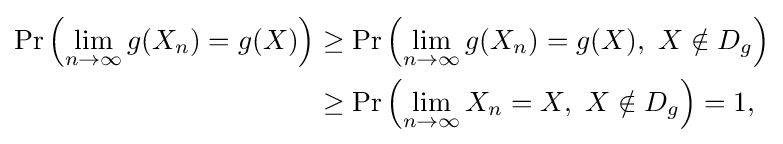
{\begin{aligned}\Pr \left(\lim _{n\to \infty }g(X_{n})=g(X)\right)&\geq \Pr \left(\lim _{n\to \infty }g(X_{n})=g(X),\ X\notin D_{g}\right)\\&\geq \Pr \left(\lim _{n\to \infty }X_{n}=X,\ X\notin D_{g}\right)=1,\end{aligned}}